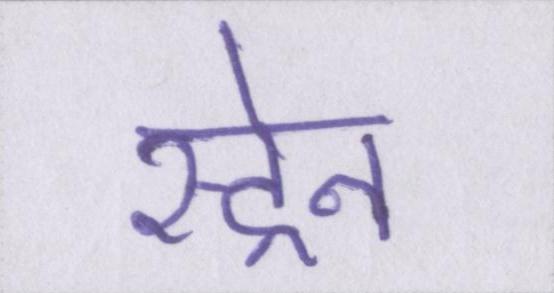
स्ट्रेन